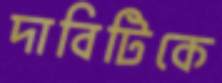
দাবিটিকে